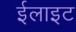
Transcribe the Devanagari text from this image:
ईलाइट